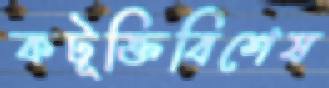
কটূক্তিবিশেষ